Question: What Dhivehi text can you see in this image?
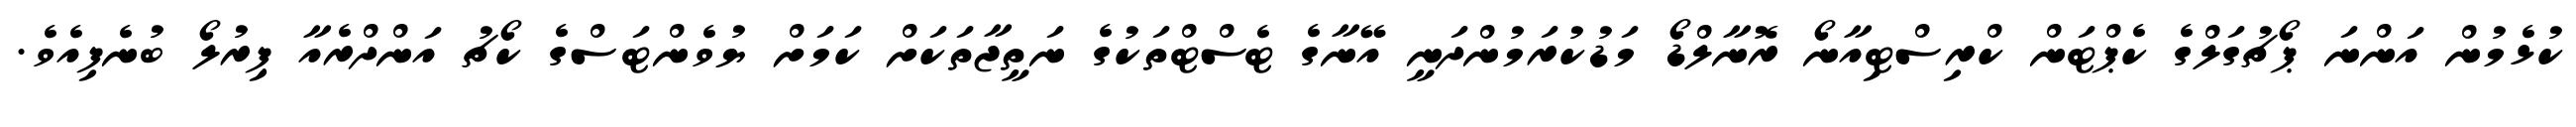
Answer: ކުޅެމުން އަންނަ ޕޯޗުގަލްގެ ކެޕްޓަން ކްރިސްޓިއާނޯ ރޮނާލްޑޯ މަޑުކުރަމުންދަނީ އޭނާގެ ޓެސްޓްތަކުގެ ނަތީޖާތަކަށް ކަމަށް ޔުވެންޓަސްގެ ކޯޗު އަންދްރެއާ ޕިރުލޯ ބުނެފިއެވެ.